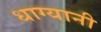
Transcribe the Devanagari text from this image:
धाग्यानी